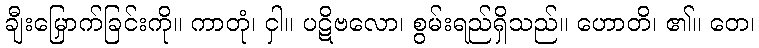
ချီးမြှောက်ခြင်းကို။ ကာတုံ၊ ငှါ။ ပဋိဗလော၊ စွမ်းရည်ရှိသည်။ ဟောတိ၊ ၏။ တေ၊